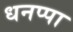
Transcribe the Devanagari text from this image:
धनप्पा